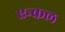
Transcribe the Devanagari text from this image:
एन्कल